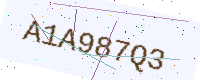
Text: A1A987Q3